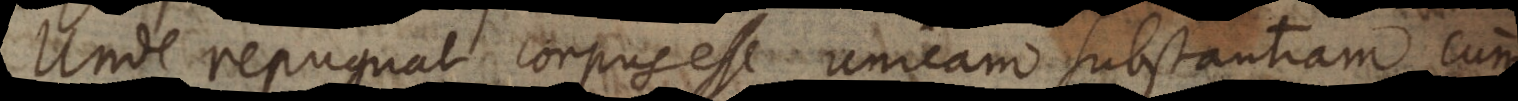
Unde repugnat corpus esse unicam substantiam cum